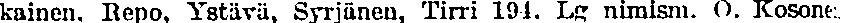
kainen. Repo. Ystävä, Syrjänen, Tirri 194. Lg nimism. O. Kosone